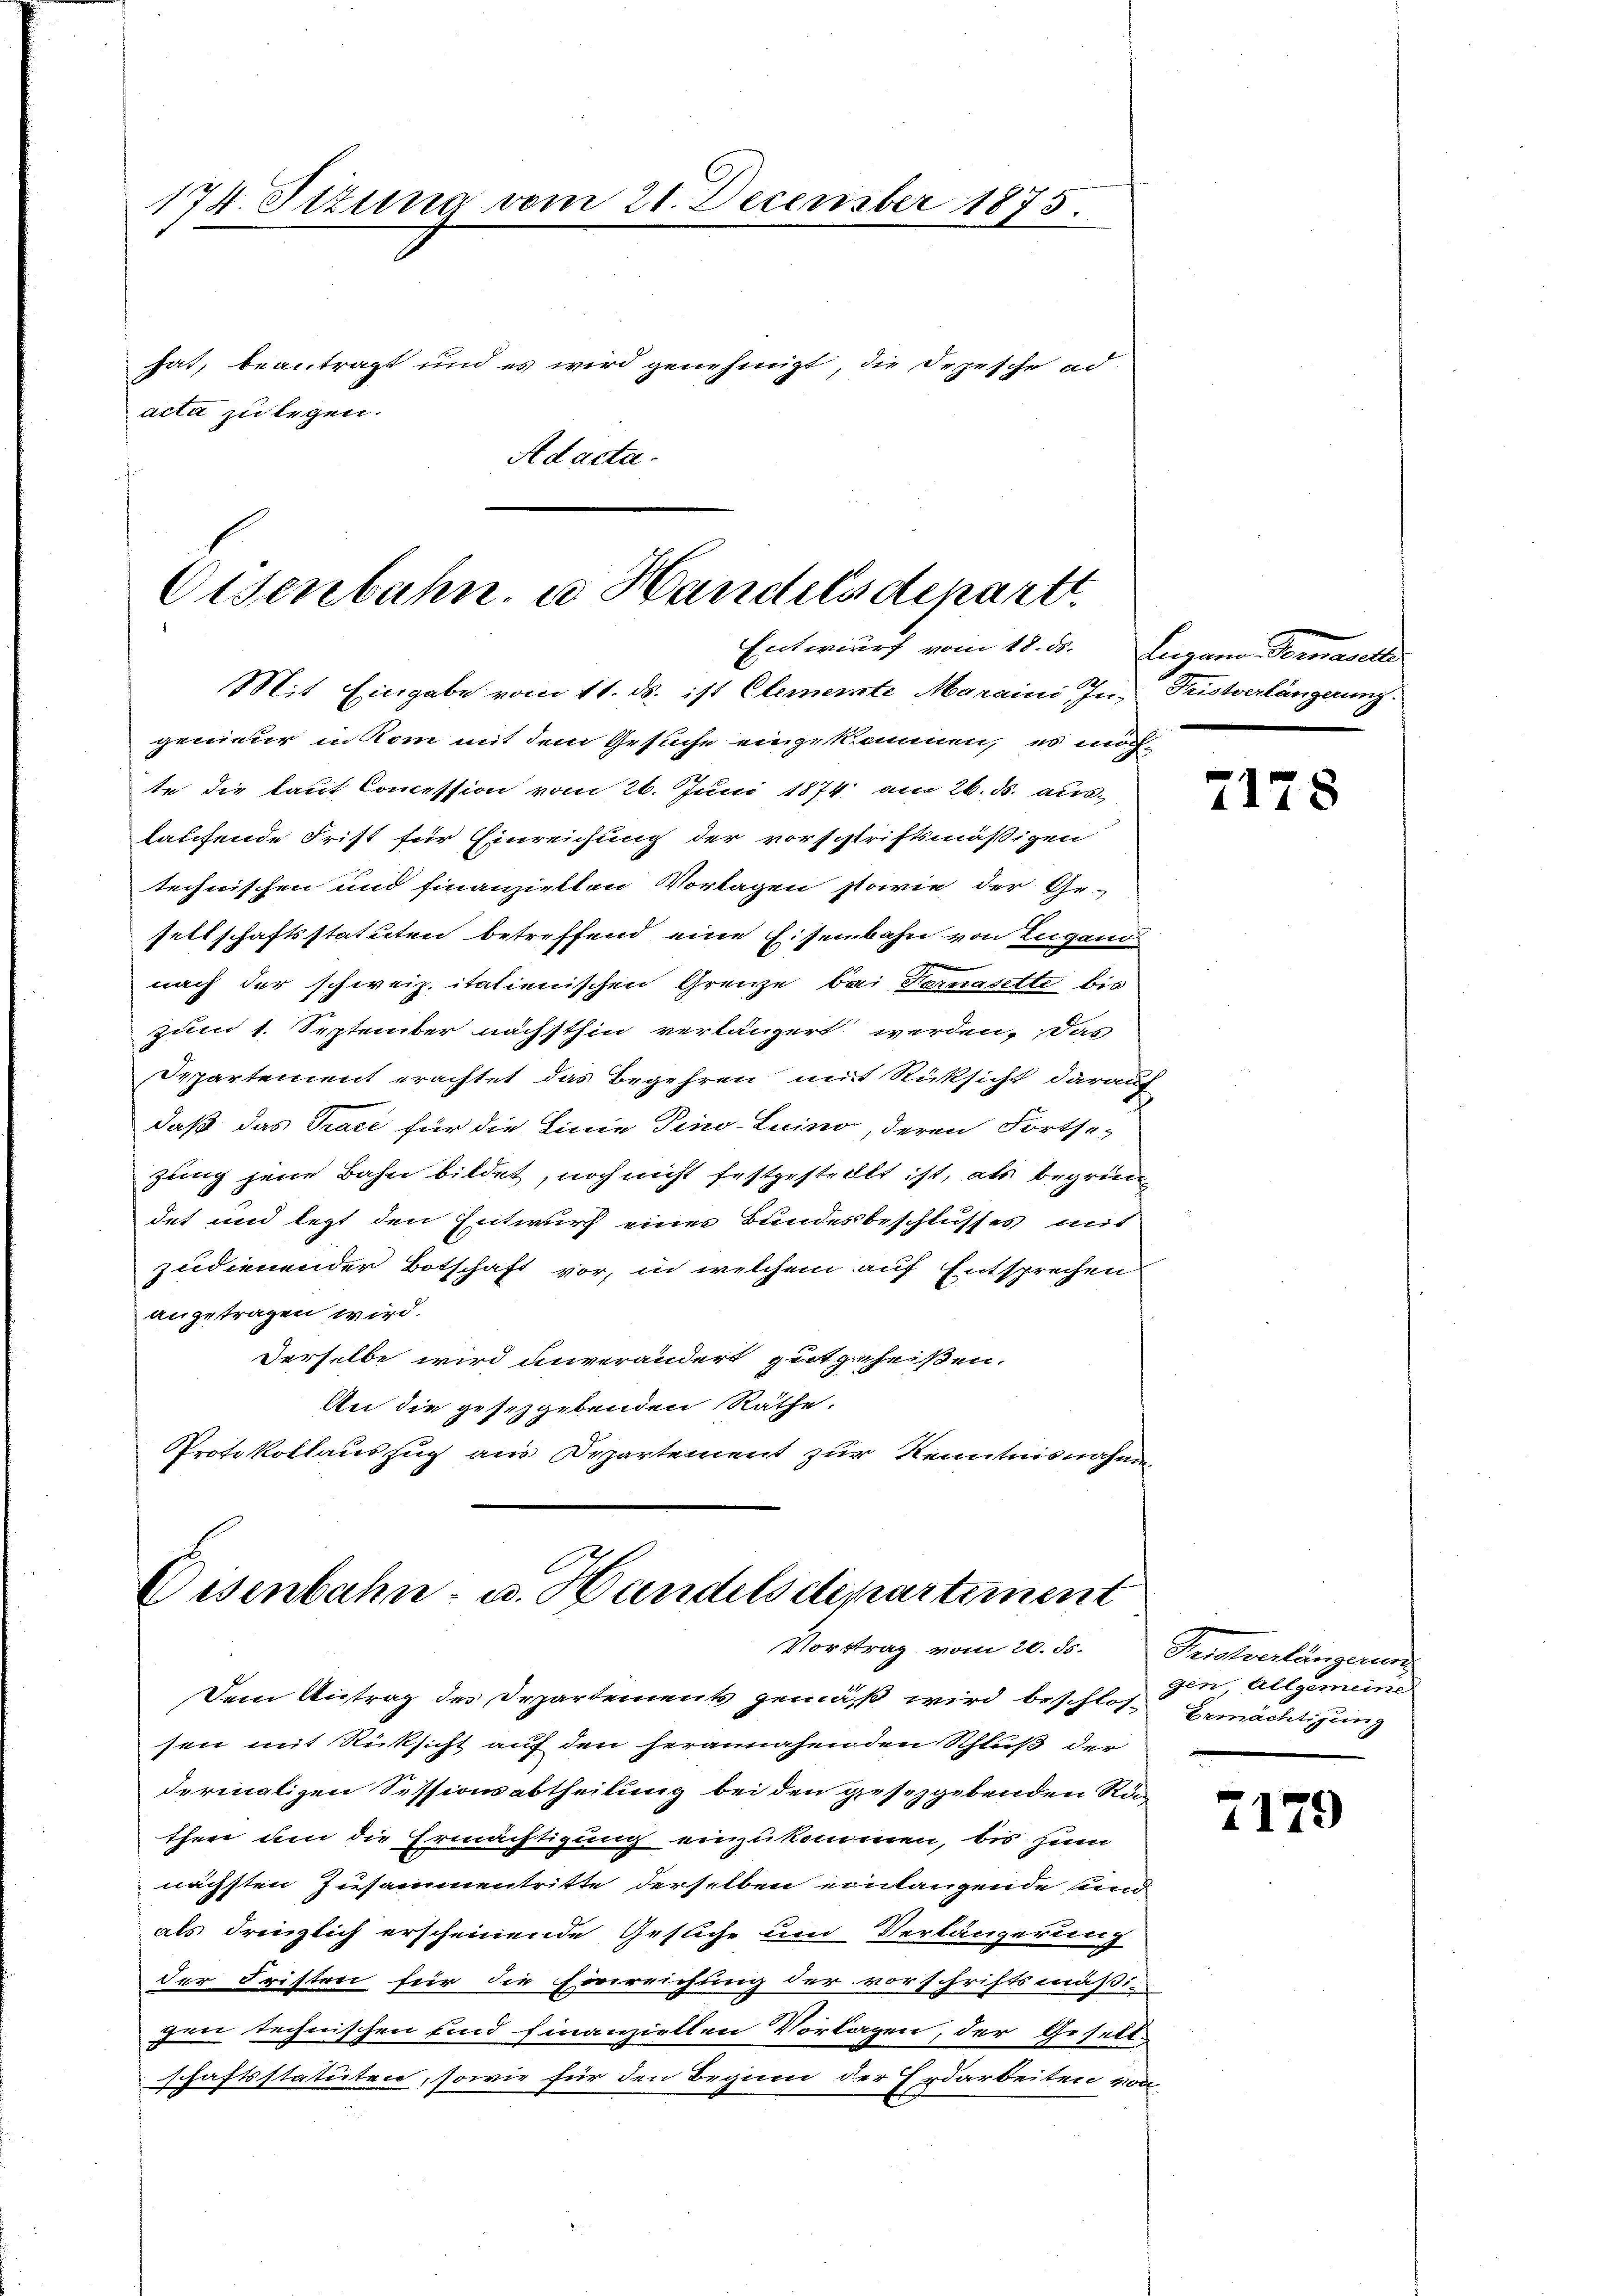
174. Situng vom 21. December 1875.
hat, beantragt und es wird genehmigt, die Depesche ad
acta zu legen.
Adacta.

Osenbahn u Handelsdepart
Entwurf vom 18. ds. Lugano Fernasette
Mit Eingabe vom 11. ds. ist Clemente Maraini In- Fristverlängerung
genieur in Rom mit dem Gesuche eingekommen, es möch¬

Eisenbahn- u. Handelsdepartiment
Vortrag vom 20. ds. Teichverlängerung

te die laut Commission vom 26. Juni 1874 am 26. ds. aus-
laufende Frist für Einreichung der vorschriftsmäßigen
technischen und finanziellen Vorlagen sowie der Ge-
sellschaftsstatuten betreffend eine Eisenbahn von Lugani
nach der schweiz. italienischen Grenze bei Fernasette bis
zum 1. September nächsthin verlängert werden. Das
Departement erachtet das Begehren mit Rücksicht darauf
daß das Trace für die Linie Tino-Luino, deren Fortsc
zung jene Bahn bildet, noch nicht festgestellt ist, als begrün
det und legt den Entwurf eines Bundesbeschlusses mit
zudienender Botschaft vor, in welchem auf Entsprechen
angetragen wird.
Derselbe wird unverändert zeitgeheißen.
An die gesetzgebenden Räthe.
Protokollauszug aus Departement zur Kenntnisnahmen

Dem Antrag des Departements gemäß wird beschlos Ermächtigung
sen mit Rücksicht auf den herannahen den Schluß der
dermaligen Sessionsabtheilung bei den gesetzgebenden Ras
ther um die Ermächtigung einzukommen, bis zum
nächsten Zusammentritte derselben einlangende und
als dringlich erscheinende Gesuche um Verlängerung
der Fristen für die Einreichung der vorschriftsmäßigen technischen und finanziellen Vorlagen, der Gesell-
schaftsstatuten, sowie für den Beginn der Erdarbeiten von

7178

gen Allgemeine

2179